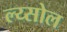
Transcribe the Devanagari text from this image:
ल्य्सोल